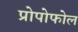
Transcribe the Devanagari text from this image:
प्रोपोफोल